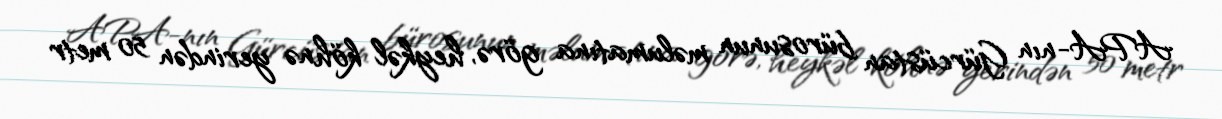
APA-nın Gürcüstan bürosunun məlumatına görə, heykəl köhnə yerindən 50 metr